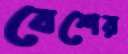
বেশের